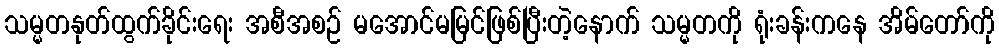
သမ္မတနုတ်ထွက်ခိုင်းရေး အစီအစဉ် မအောင်မမြင်ဖြစ်ပြီးတဲ့နောက် သမ္မတကို ရုံးခန်းကနေ အိမ်တော်ကို